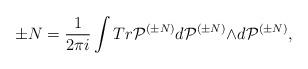
LaTeX: \begin{align*}\pm N=\frac{1}{2{\pi}i}\int Tr{\cal P}^{({\pm}N)}d{\cal P}^{({\pm}N)}{\wedge}d{\cal P}^{({\pm}N)},\end{align*}